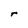
Character: r